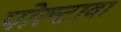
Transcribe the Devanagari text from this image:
पोल्टावा